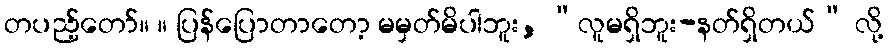
တပည့်တော်။ ။ ပြန်ပြောတာတော့ မမှတ်မိပါဘူး, “လူမရှိဘူး-နတ်ရှိတယ်” လို့